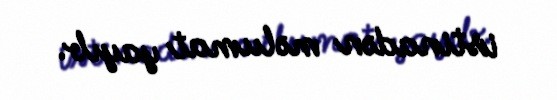
istinadən məlumat yayıb.